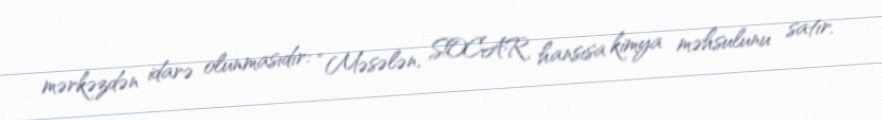
mərkəzdən idarə olunmasıdır: “Məsələn, SOCAR hansısa kimya məhsulunu satır.